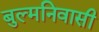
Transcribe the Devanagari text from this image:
बुल्मनिवासी